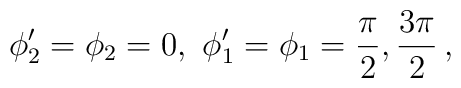
\phi'_2=\phi_2=0, \ \phi'_1=\phi_1  ={\pi\over 2},{3\pi\over 2} \, ,